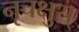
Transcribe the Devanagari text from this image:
नृचक्षुस्